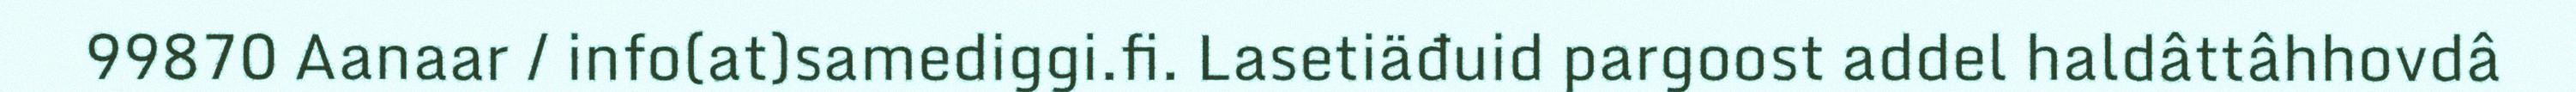
99870 Aanaar / info(at)samediggi.fi. Lasetiäđuid pargoost addel haldâttâhhovdâ